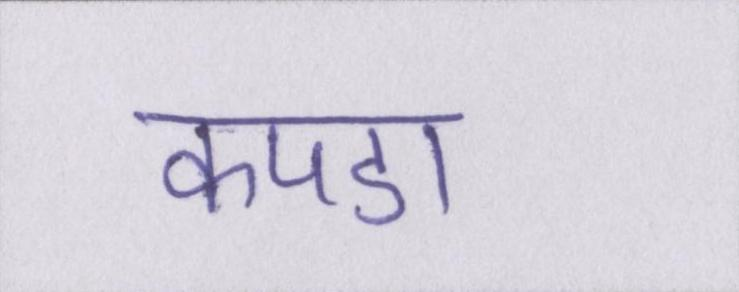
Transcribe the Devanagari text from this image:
कपडा